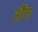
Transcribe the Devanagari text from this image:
शैंग